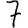
Digit: 7